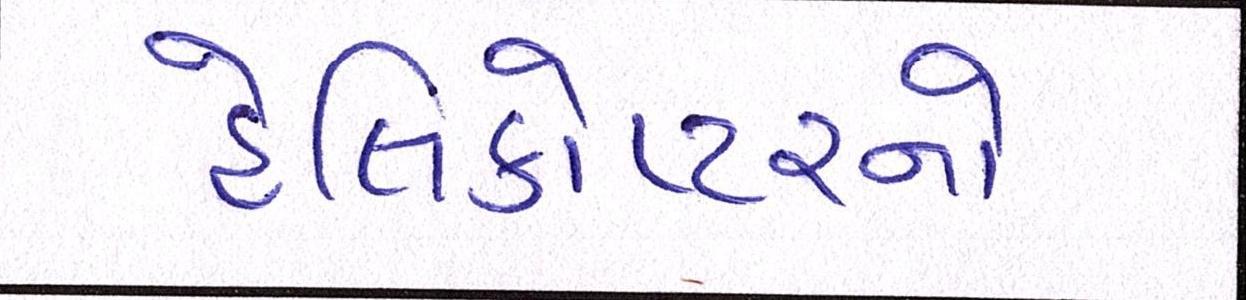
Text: હેલિકોપ્ટરનો